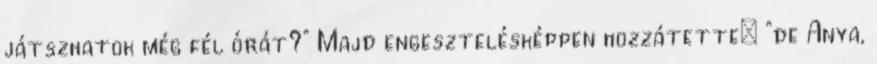
játszhatok még fél órát?" Majd engesztelésképpen hozzátette: "de Anya,